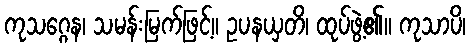
ကုသဂ္ဂေန၊ သမန်းမြက်ဖြင့်။ ဥပနယှတိ၊ ထုပ်ဖွဲ့၏။ ကုသာပိ၊